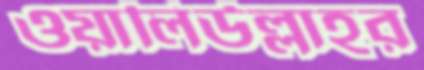
ওয়ালিউল্লাহর